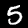
Digit: 5